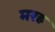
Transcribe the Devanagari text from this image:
मरह